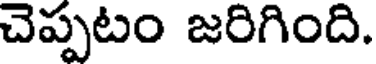
చెప్పటం జరిగింది.